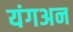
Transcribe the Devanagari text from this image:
यंगअन